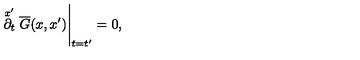
\stackrel { x ^ { \prime } } { \partial _ { t } } \overline { G } ( x , x ^ { \prime } ) \Bigg | _ { t = t ^ { \prime } } = 0 ,